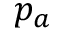
p _ { a }